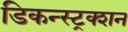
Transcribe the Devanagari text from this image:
डिकन्स्ट्रक्शन